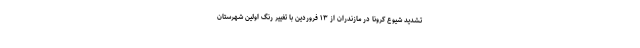
تشدید شیوع کرونا در مازندران از ۱۳ فروردین با تغییر رنگ اولین شهرستان